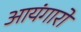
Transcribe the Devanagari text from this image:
आयंगारों